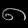
Digit: ၈